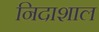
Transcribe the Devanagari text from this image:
निदाशाल